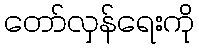
တော်လှန်ရေးကို